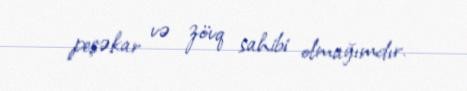
peşəkar və zövq sahibi olmağımdır.